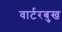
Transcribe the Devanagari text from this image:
वार्टरबुख